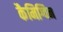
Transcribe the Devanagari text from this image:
कैमिग्विन